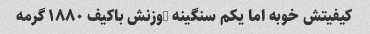
کیفیتش خوبه اما یکم سنگینه (وزنش باکیف ۱۸۸۰ گرمه